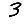
Digit: 3